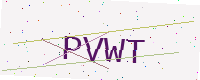
Text: PVWT